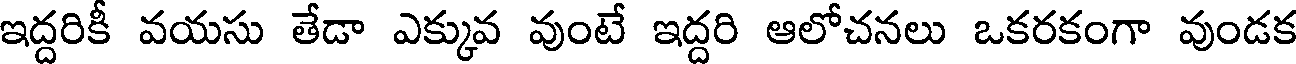
ఇద్దరికీ వయసు తేడా ఎక్కువ వుంటే ఇద్దరి ఆలోచనలు ఒకరకంగా వుండక